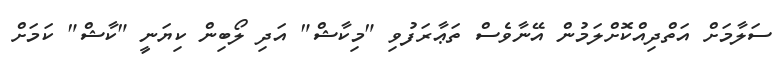
ސަލާމަށް އަތްދިއްކޮށްލަމުން އޭނާވެސް ތަޢާރަފުވި "މިކާޝް" އަދި ލޯބިން ކިޔަނީ "ކާޝް" ކަމަށް